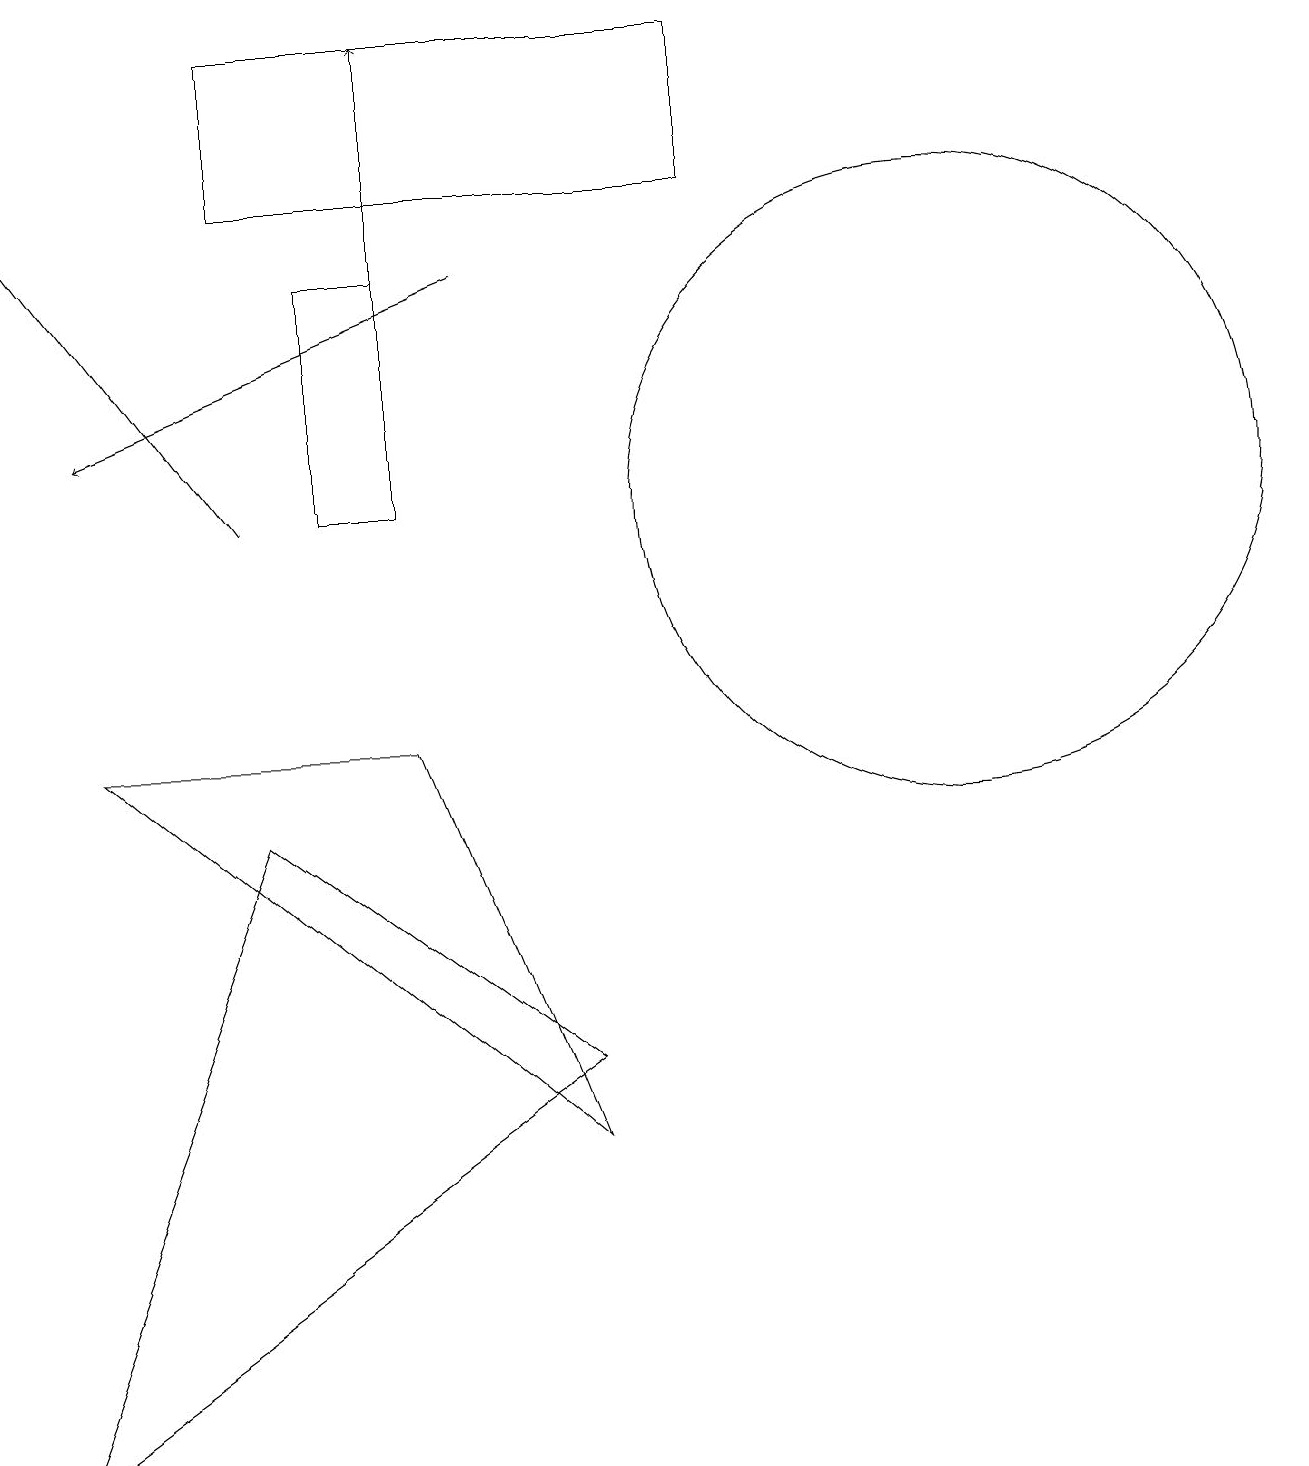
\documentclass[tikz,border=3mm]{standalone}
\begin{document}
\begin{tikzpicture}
\draw[->] (5,15) -- (5,18);
\draw (5,15) rectangle (4,12);
\draw[->] (3,12) -- (0,16);
\draw (9,18) rectangle (3,16);
\draw[->] (6,15) -- (1,13);
\draw (7,4) -- (5,9) -- (1,9) -- cycle;
\draw (12,12) circle (4);
\draw (0,0) -- (7,5) -- (3,8) -- cycle;
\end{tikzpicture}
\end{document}